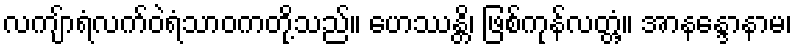
လကျ်ာရံလက်ဝဲရံသာဝကတို့သည်။ ဟေဿန္တိ၊ ဖြစ်ကုန်လတ္တံ့။ အာနန္ဒောနာမ၊